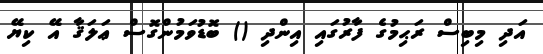
އަދި މިބިސް ރަޙިމުގެ ފާރުގައި އިންދި () ބޮޑުވަމުންގޮސް ޢަލަޤާ އޭ ކިޔޭ